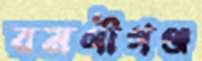
রমণীগঞ্জ